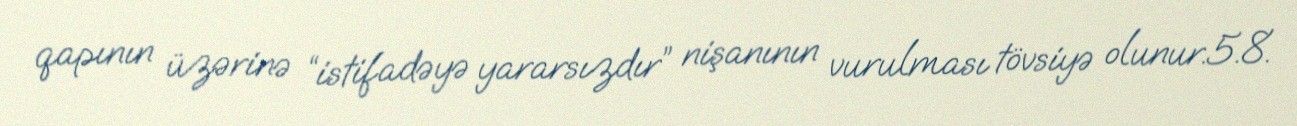
qapının üzərinə “istifadəyə yararsızdır” nişanının vurulması tövsiyə olunur.5.8.